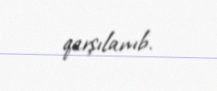
qarşılanıb.